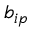
b _ { i p }